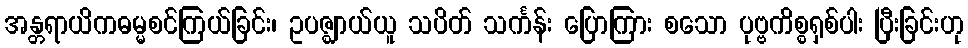
အန္တရာယိကဓမ္မစင်ကြယ်ခြင်း၊ ဥပဇ္ဈာယ်ယူ သပိတ် သင်္ကန်း ပြောကြား စသော ပုဗ္ဗကိစ္စရှစ်ပါး ပြီးခြင်းဟု